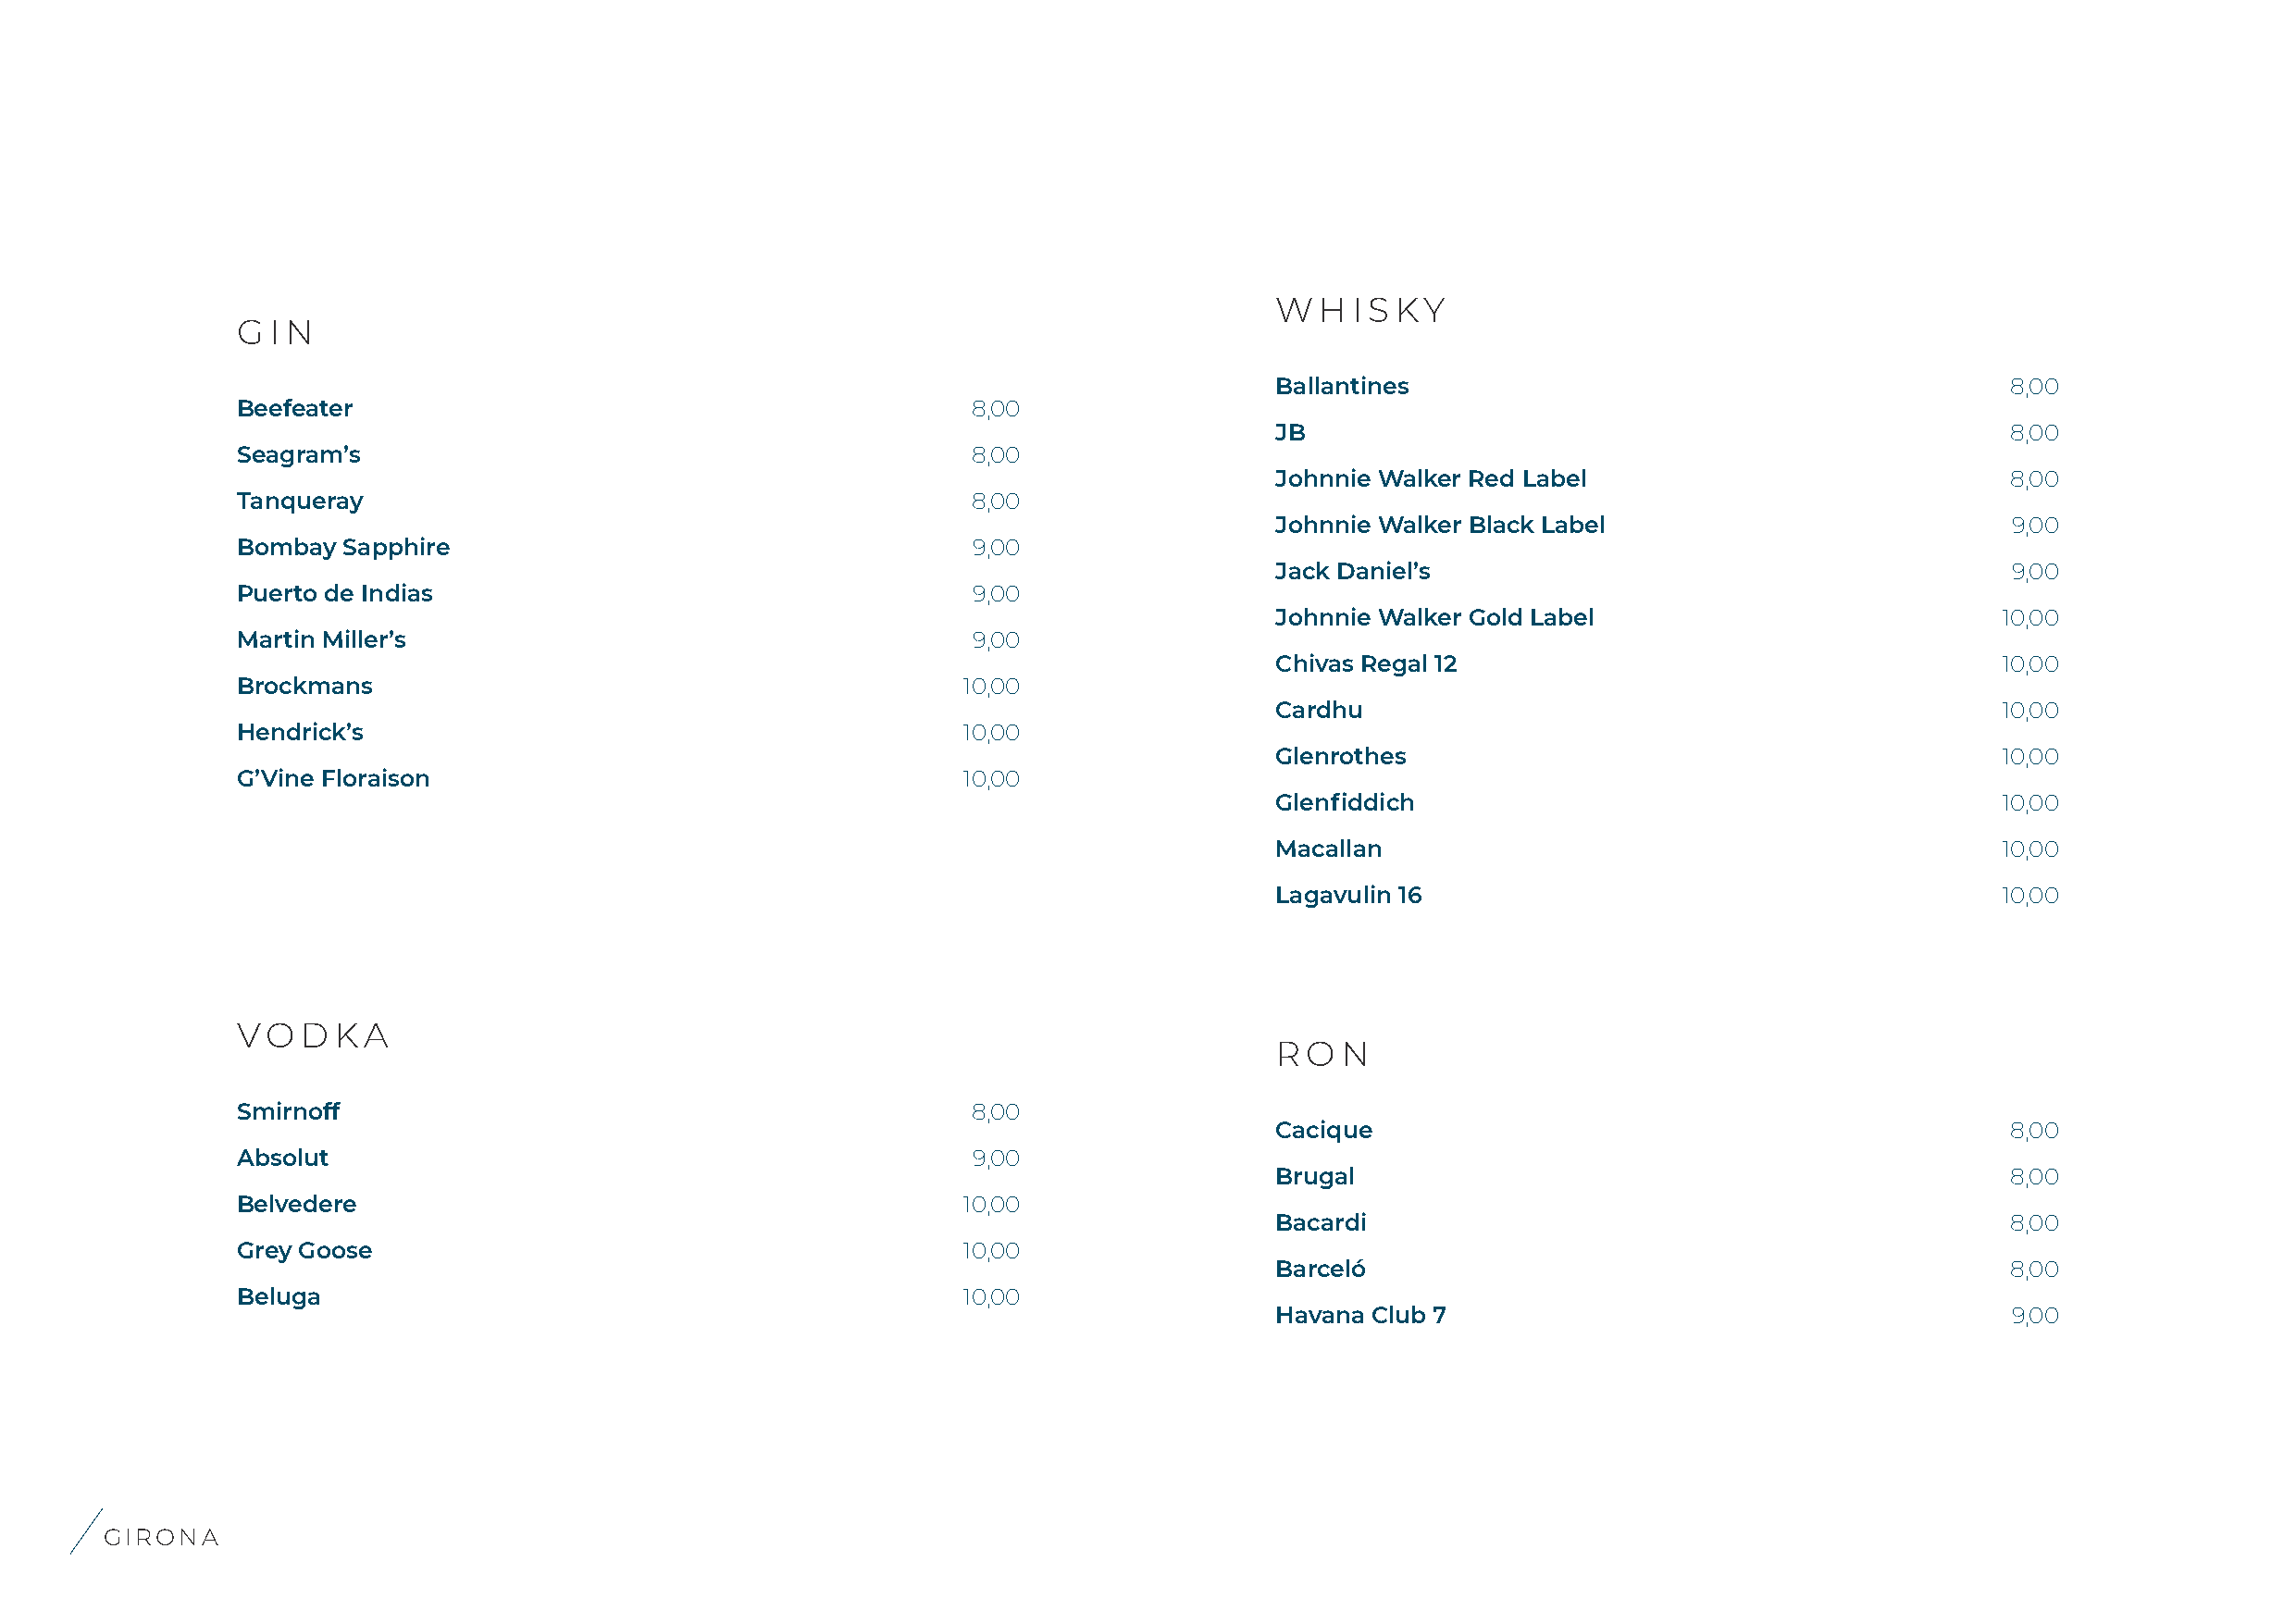
WHISKY
 GIN
 Ballantines                                          8,00
 Beefeater                                           8,00
 JB                                                   8,00
 Seagram’s                                           8,00
 Johnnie Walker Red Label                             8,00
 Tanqueray                                           8,00
 Johnnie Walker Black Label                           9,00
 Bombay  Sapphire                                     9,00
 Jack Daniel’s                                        9,00
 Puerto de Indias                                     9,00
 Johnnie Walker Gold Label                           10,00
 Martin Miller’s                                      9,00
 Chivas Regal 12                                     10,00
 Brockmans                                           10,00
 Cardhu                                              10,00
 Hendrick’s                                          10,00
 Glenrothes                                          10,00
 G’Vine Floraison                                    10,00
 Glenfiddich                                         10,00
 Macallan                                            10,00
 Lagavulin 16                                        10,00
 VODKA
 RON
 Smirnoff                                            8,00
 Cacique                                              8,00
 Absolut                                              9,00
 Brugal                                               8,00
 Belvedere                                           10,00
 Bacardi                                              8,00
 Grey Goose                                          10,00
 Barceló                                              8,00
 Beluga                                              10,00
 Havana Club 7                                        9,00
 GIRONA